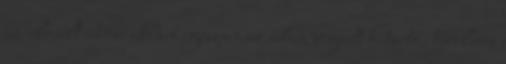
az elmúlt idõszakban egészen az értem végzett kitartó, türelmes